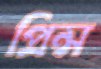
প্রিন্স